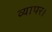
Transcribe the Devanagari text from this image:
व्यापर।